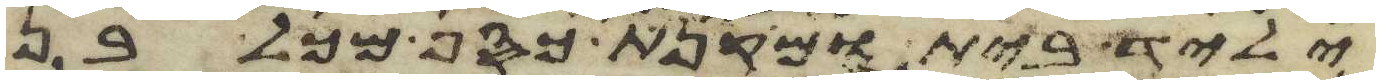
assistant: יליד בית ומקנת כסף מכל בן